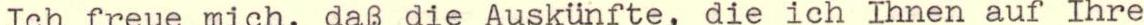
Ich freue mich, daß die Auskünfte, die ich Ihnen auf Ihre